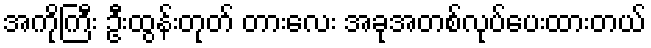
အကိုကြီး ဦးထွန်းတုတ် တားလေး အခုအတစ်လုပ်ပေးထားတယ်